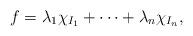
LaTeX: \begin{align*}f=\lambda_1\chi_{I_1}+\dots +\lambda_n\chi_{I_n},\end{align*}